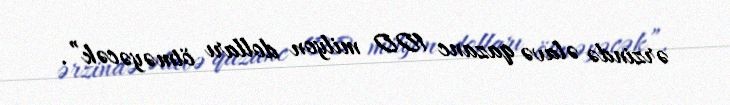
ərzində əlavə qazanc 100 milyon dolları ötməyəcək”.